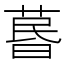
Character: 𦳜